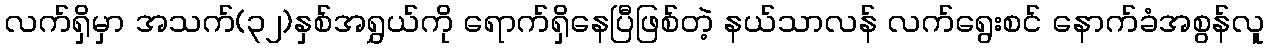
လက်ရှိမှာ အသက်(၃၂)နှစ်အရွှယ်ကို ရောက်ရှိနေပြီဖြစ်တဲ့ နယ်သာလန် လက်ရွေးစင် နောက်ခံအစွန်လူ